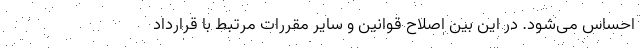
احساس می‌شود. در این بین اصلاح قوانین و سایر مقررات مرتبط با قرارداد